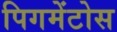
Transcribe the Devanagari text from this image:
पिगमेंटोस